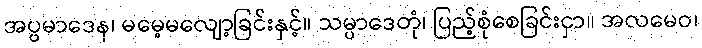
အပ္ပမာဒေန၊ မမေ့မလျော့ခြင်းနှင့်။ သမ္ပာဒေတုံ၊ ပြည့်စုံစေခြင်းငှာ။ အလမေဝ၊